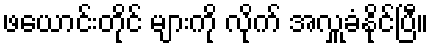
ဖယောင်းတိုင် များကို လိုက် အလှူခံနိုင်ပြီ။